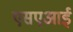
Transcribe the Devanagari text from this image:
एसएआई